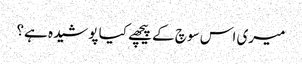
میری اس سوچ کے پیچھے کیا پوشیدہ ہے؟